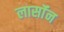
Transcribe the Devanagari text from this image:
लार्सॉन